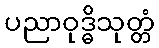
ပညာဝုဒ္ဓိသုတ္တံ